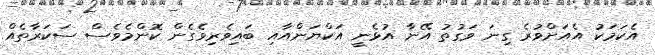
އެކަމަކު އެއަށްވުރެ ގިނަ ވަގުތު އޭނާ އުޅެނީ އަކްޔަންއާއި ބައިވެރިވެގެން ކޮންމެވެސް ސަކަރާތެއް